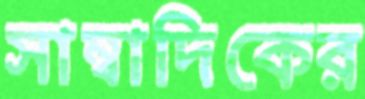
সাম্বাদিকের